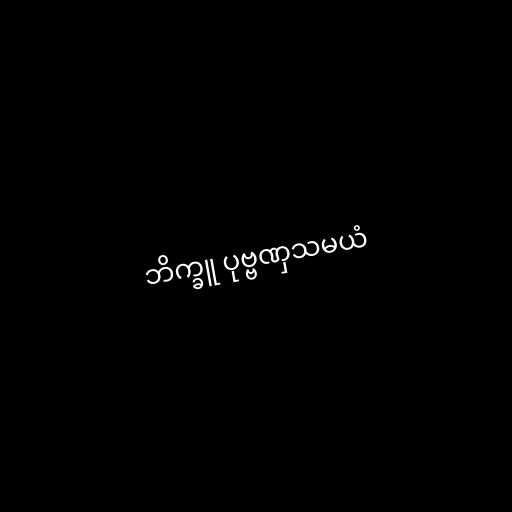
ဘိက္ခူ ပုဗ္ဗဏှသမယံ